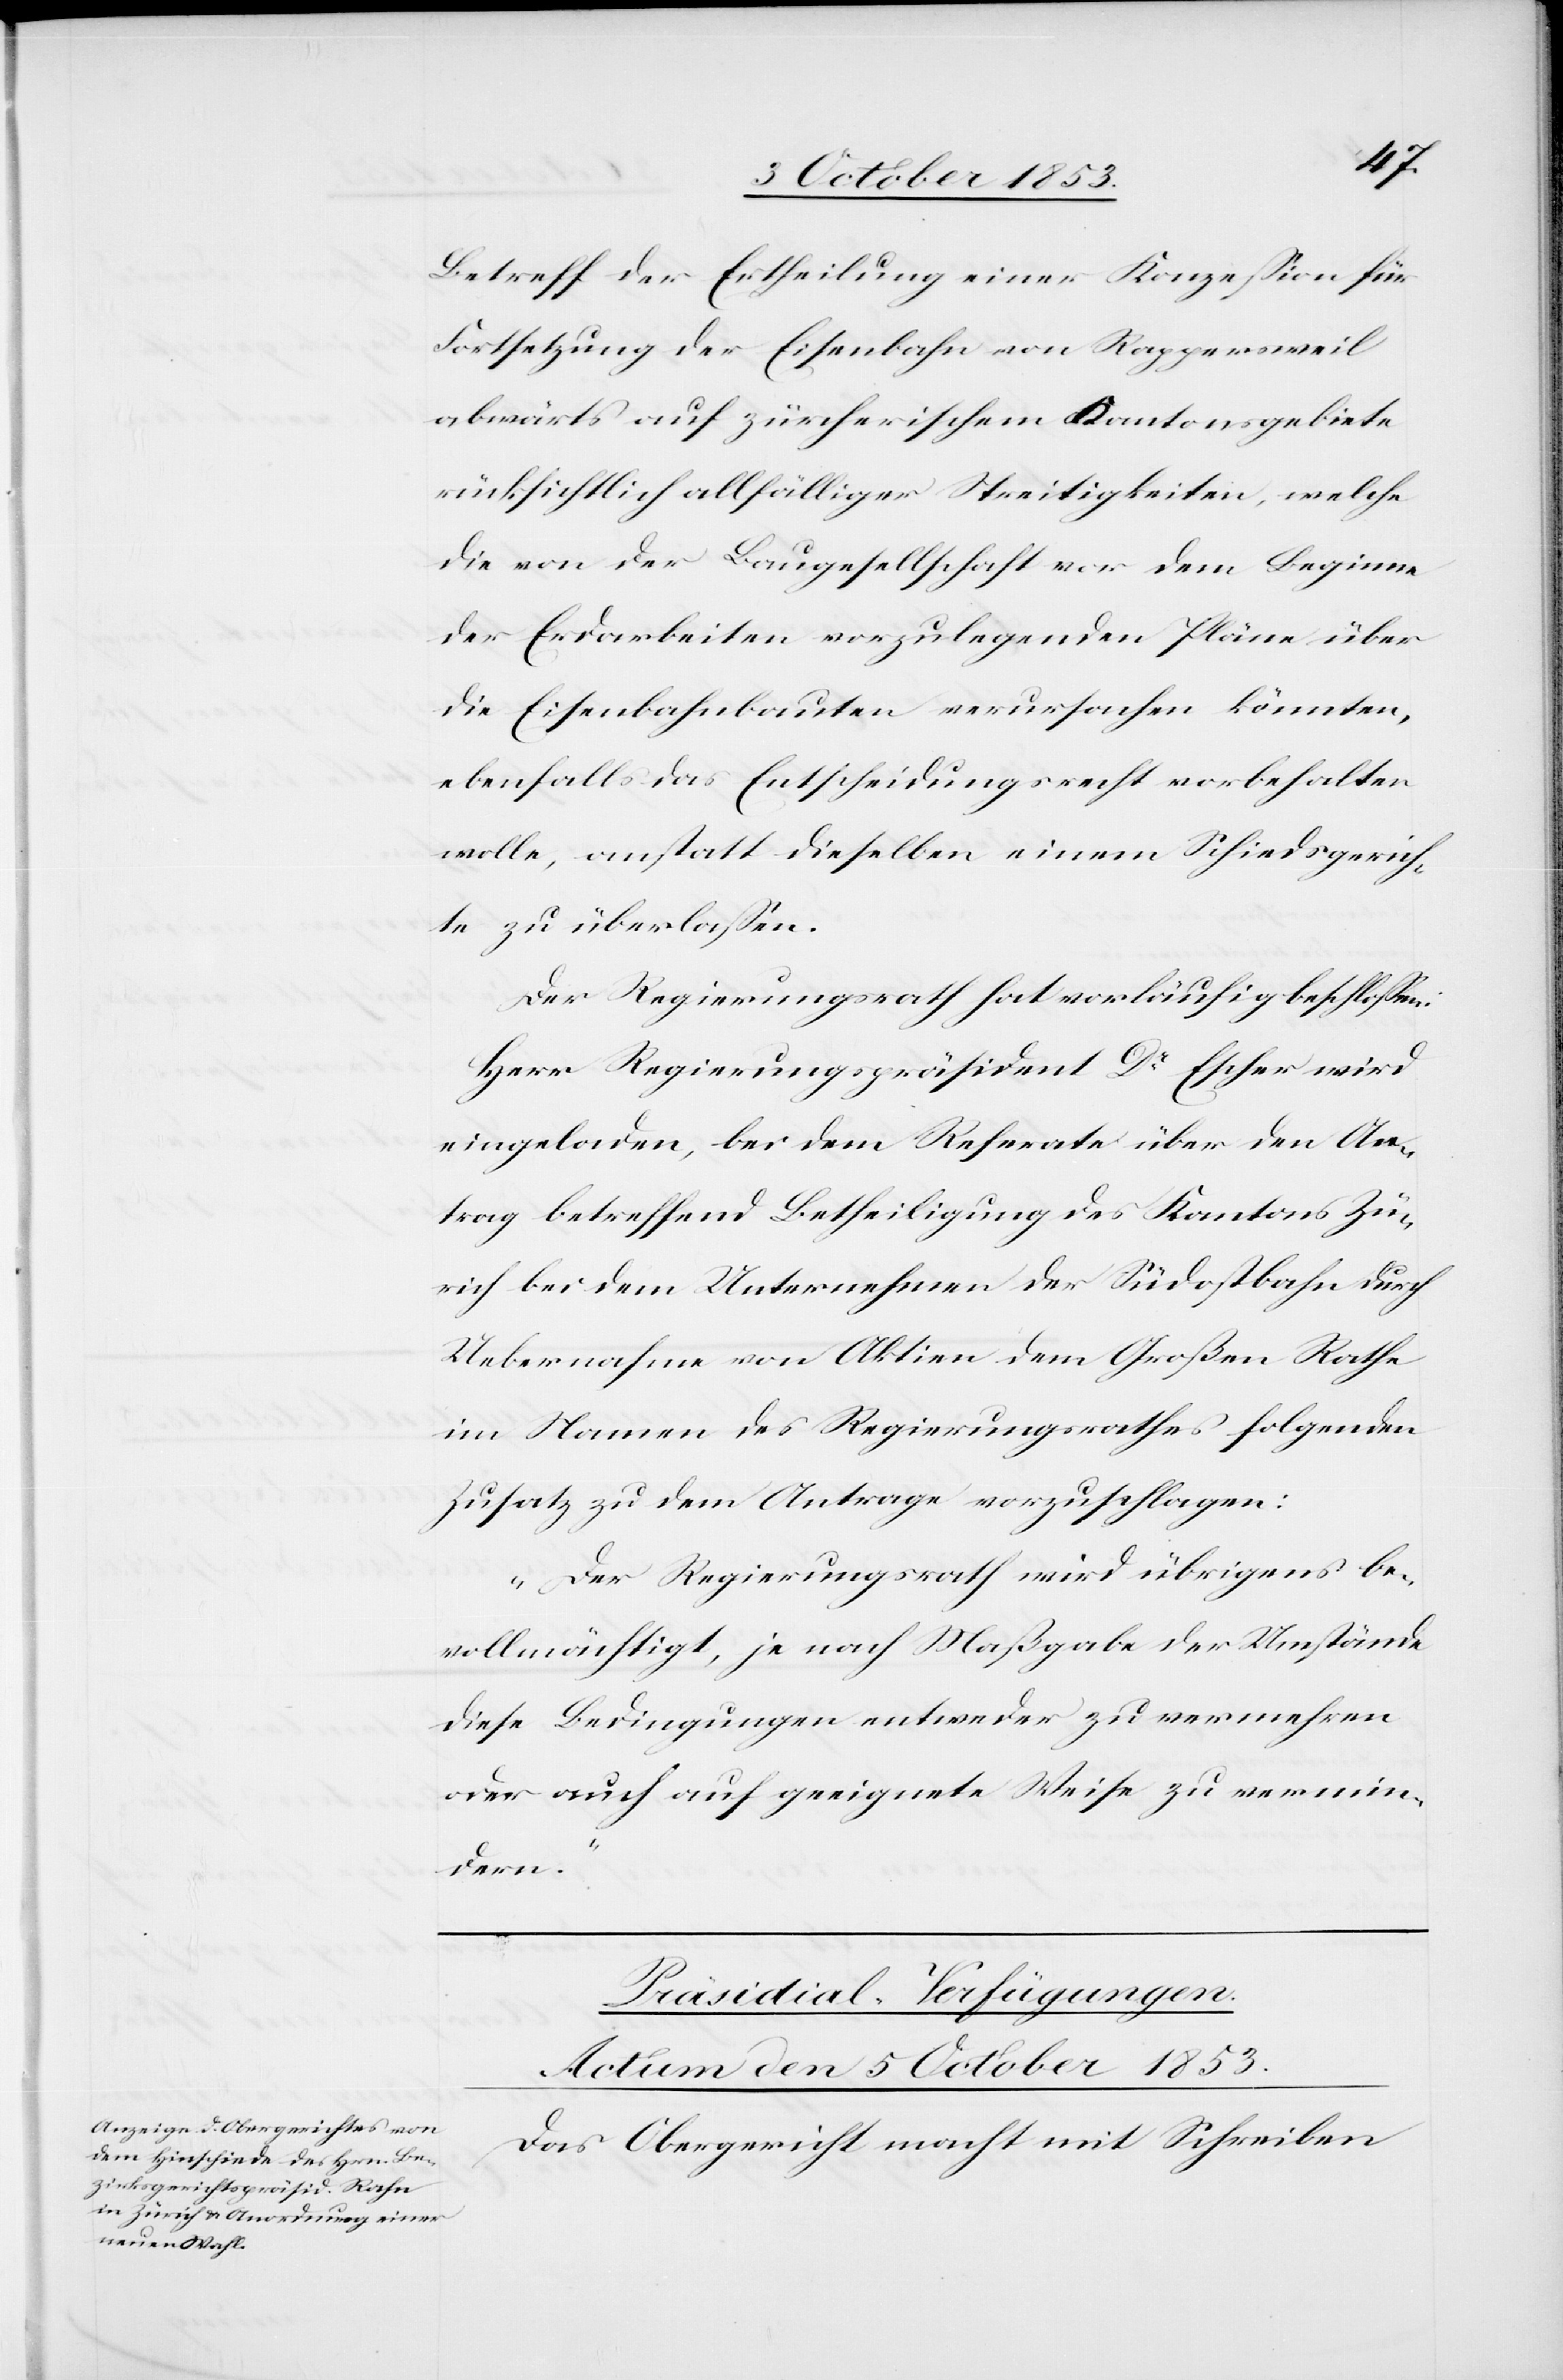
Betreff der Ertheilung einer Konzeßion für
Fortsetzung der Eisenbahn von Rappersweil
abwärts auf zürcherischem Kantonsgebiete
rücksichtlich allfälliger Streitigkeiten, welche
die von der Baugesellschaft vor dem Beginne
der Erdarbeiten vorzulegenden Pläne über
die Eisenbahnbauten verursachen könnten,
ebenfalls das Entscheidungsrecht vorbehalten
wolle, anstatt dieselben einem Schiedsgerich¬
te zu überlaßen.
Der Regierungsrath hat vorläufig beschloßen:
Herr Regierungspräsident Dr Escher wird
eingeladen, bei dem Referate über den An¬
trag betreffend Betheiligung des Kantons Zü¬
rich bei dem Unternehmer der Südostbahn durch
Uebernahme von Aktiven dem Großen Rathe
im Namen des Regierungsrathes folgenden
Zusatz zu dem Antrage vorzuschlagen:
„Der Regierungsrath wird übrigens be¬
vollmächtigt, je nach Maßgabe der Umstände
diese Bedingungen entweder zu vermehren
oder auch auf geeignete Weise zu vermin¬
dern.“
Präsidial-Verfügungen.
Actum den 5 October 1853.
Das Obergericht macht mit Schreiben